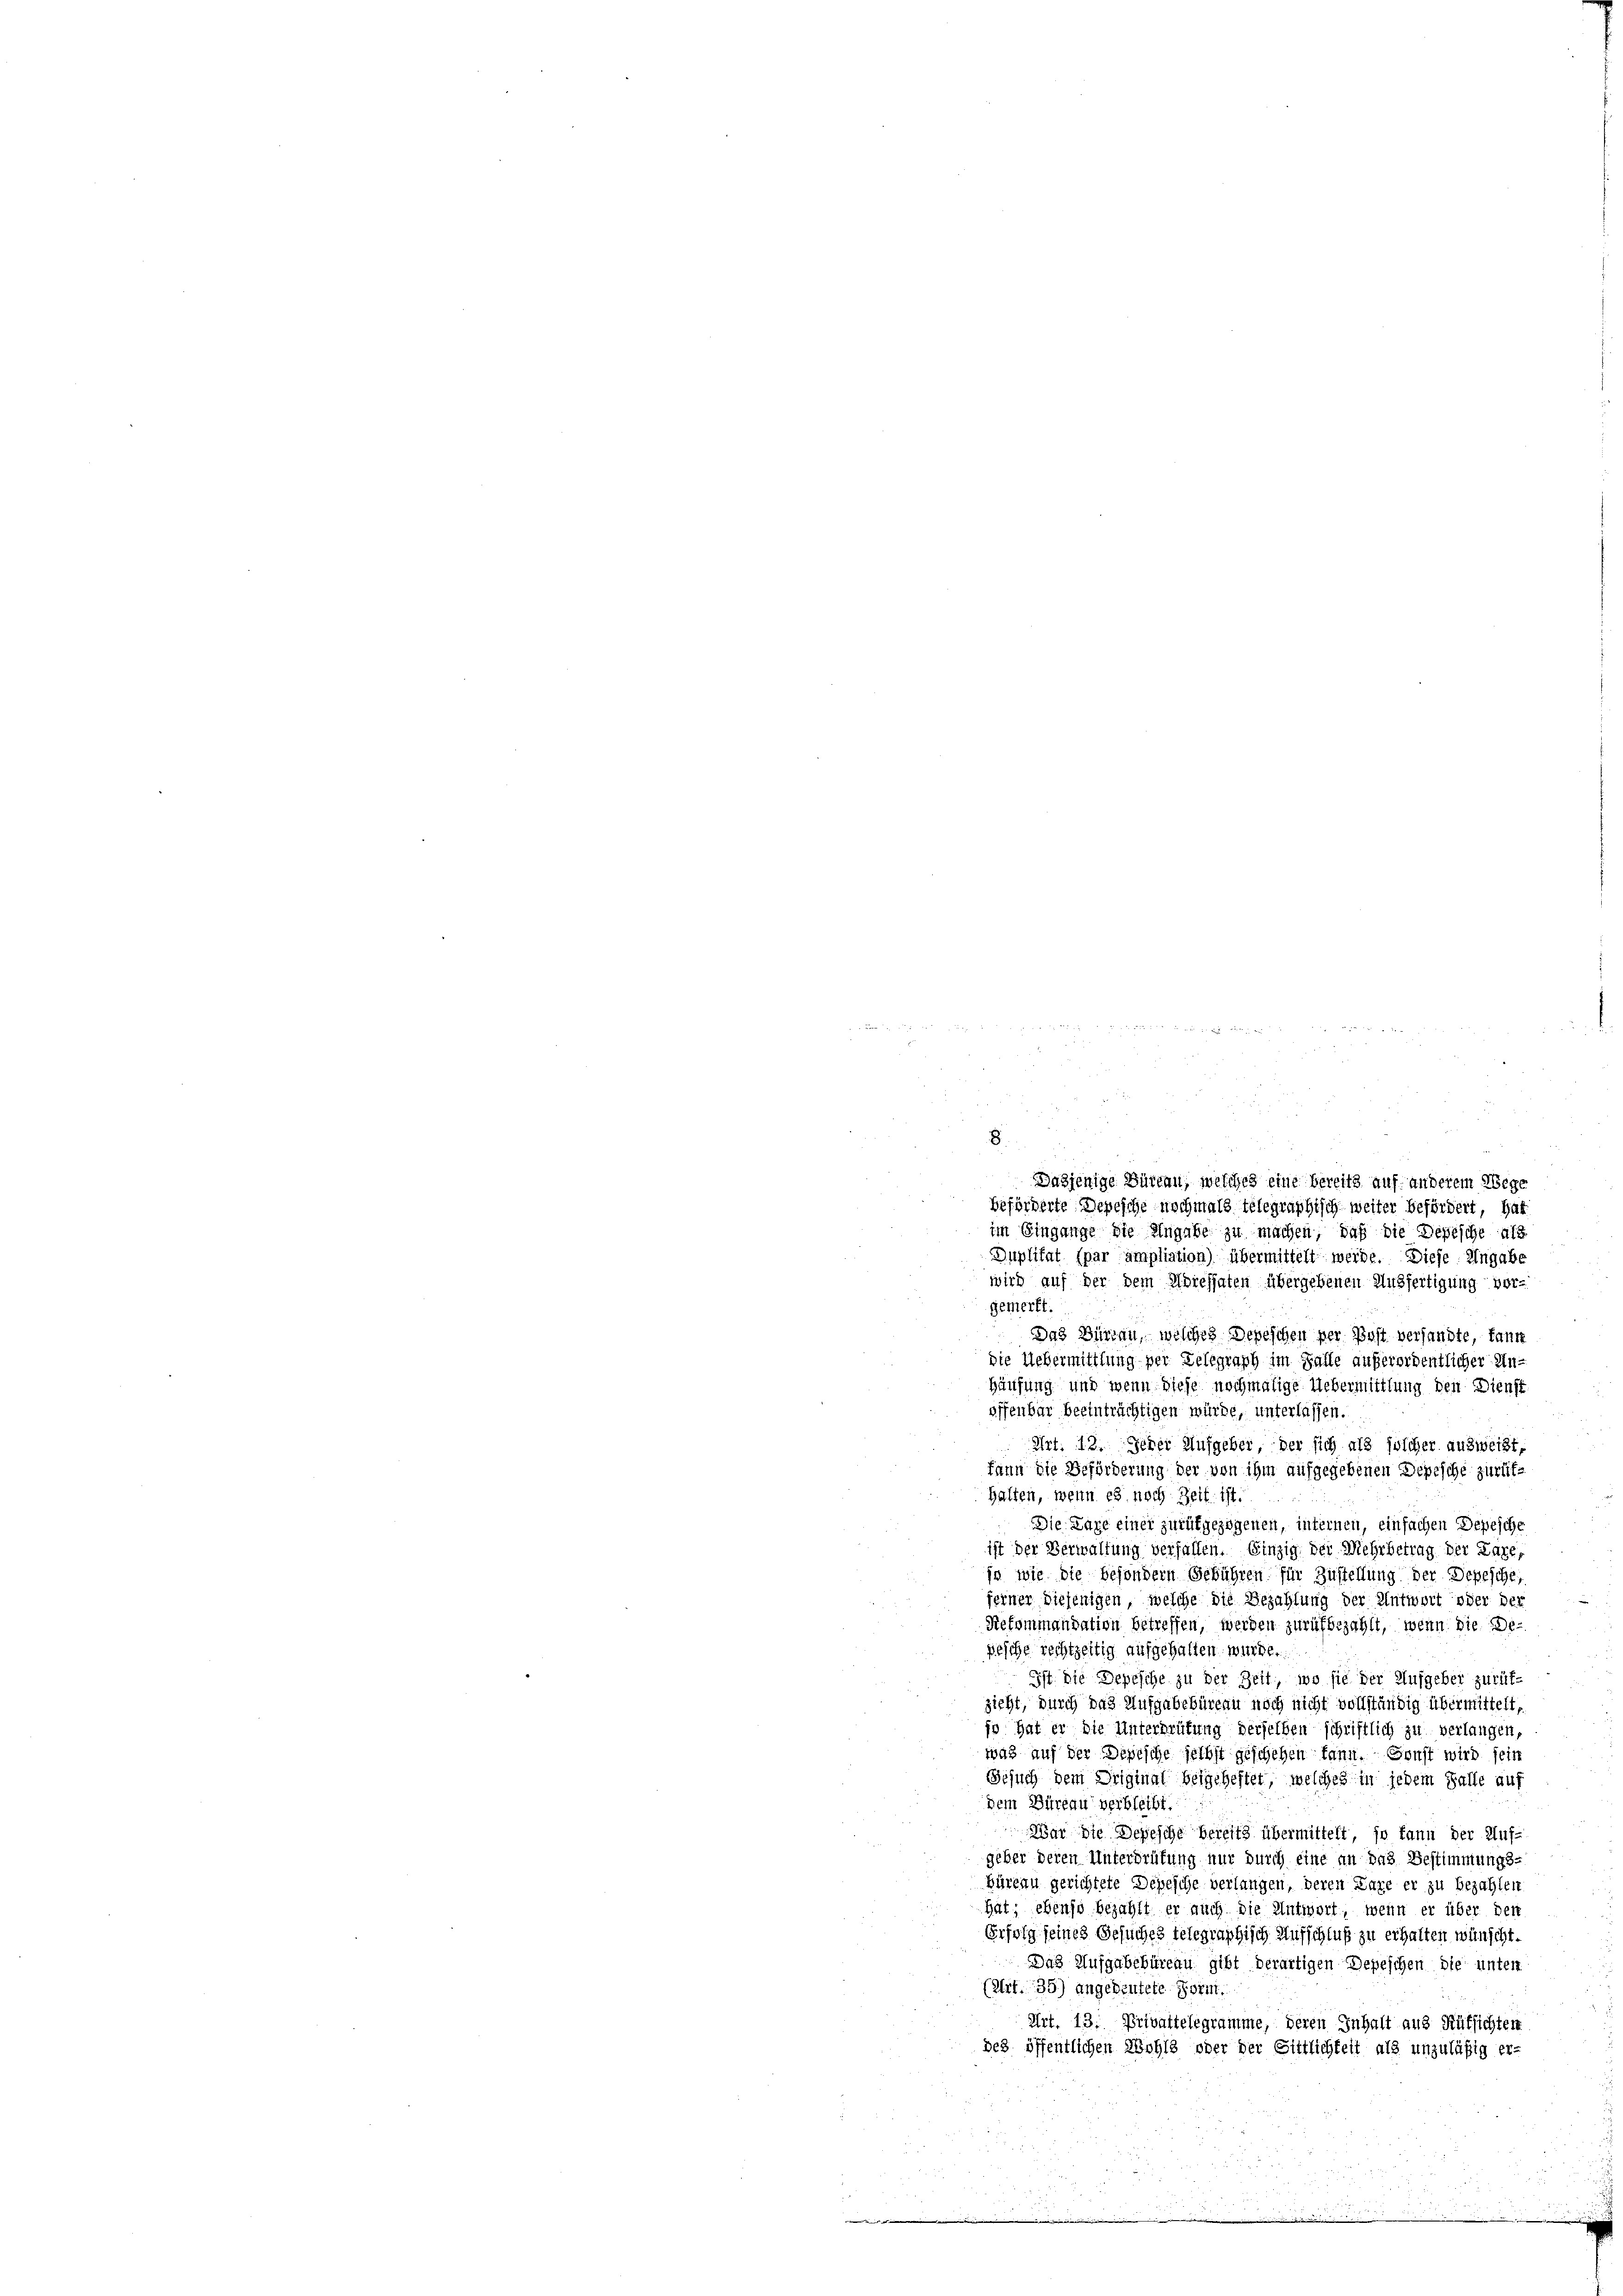
i
2
8

u
u
i
¬
Dasjenige Büreau, welches eine bereits auf anderem Wege
beförderte Depesche nochmals telegraphisch weiter befördert, hat
im Eingange die Eingabe zu machen, daß die Depesche als
Duplikat (par ampliation) übermittelt werde. Diese Angabe
wird auf der dem Adressaten übergebenen Ausfertigung vor-
gemerkt:
Das Büreau, welches Depeschen per Post versandte, fant
die Uebermittlung per Delegraph im Falle außerordentlicher An¬
Häufung und wenn diese nochmalige Uebermittlung den Dienst
offenbar beeinträchtigen würde, unterlassen.
 Art. 13. Jener Aufgeber, der sich als juscher ausweist,
kann die Beförderung der von ihm aufgegebenen Depesche zurück¬
Halten, wenn es noch Zeit ist.
Die Lage einer zurückgezogenen, internen, einfachen Depesche
ist der Verwaltung verfallen. Einzig der Mehrbetrag der Lage,
jo wie die besondern Gebühren für Zustellung der Depesche,
ferner diejenigen, welche die Bezahlung der Antwort oder der
Rekommandation betreffen, werden zurükbezahlt, wenn die De-
pesche rechtzeitig aufgehalten würde.
Ist die Depesche zu der Zeit, wo sie der Aufgeber zurükzieht, durch das Aufgabebüreau noch nicht vollständig übermittelt,
jo hat er die Unterbrütung derselben schriftlich zu verlangen,
was auf der Depesche selbst geschehen kann. Sonst wird seit
Gesuch dem Driginal beigeheftet, welches in jedem Falle auf
dem Büreau verbleibt.
War die Depesche bereits übermittelt, so kann der Auf-
geber deren Unterdrüfung nur durch eine an das Bestimmungs-
Büreau gerichtete Depesche verlangen, deren Lage er zu bezahlen
hat; ebenso bezahlt er auch die Antwort, wenn er über den
Erfolg seines Gesuches telegraphisch Aufschluß zu erhalten wünscht.
Das Aufgabebüreau gibt derartigen Depeschen die unten
(Art. 35) angedeutete Form.
Art. 13. Privattelegramme, deren Inhalt aus Rüksichten
des öffentlichen Wohls oder der Sittlichkeit als unzuläßig er-
.